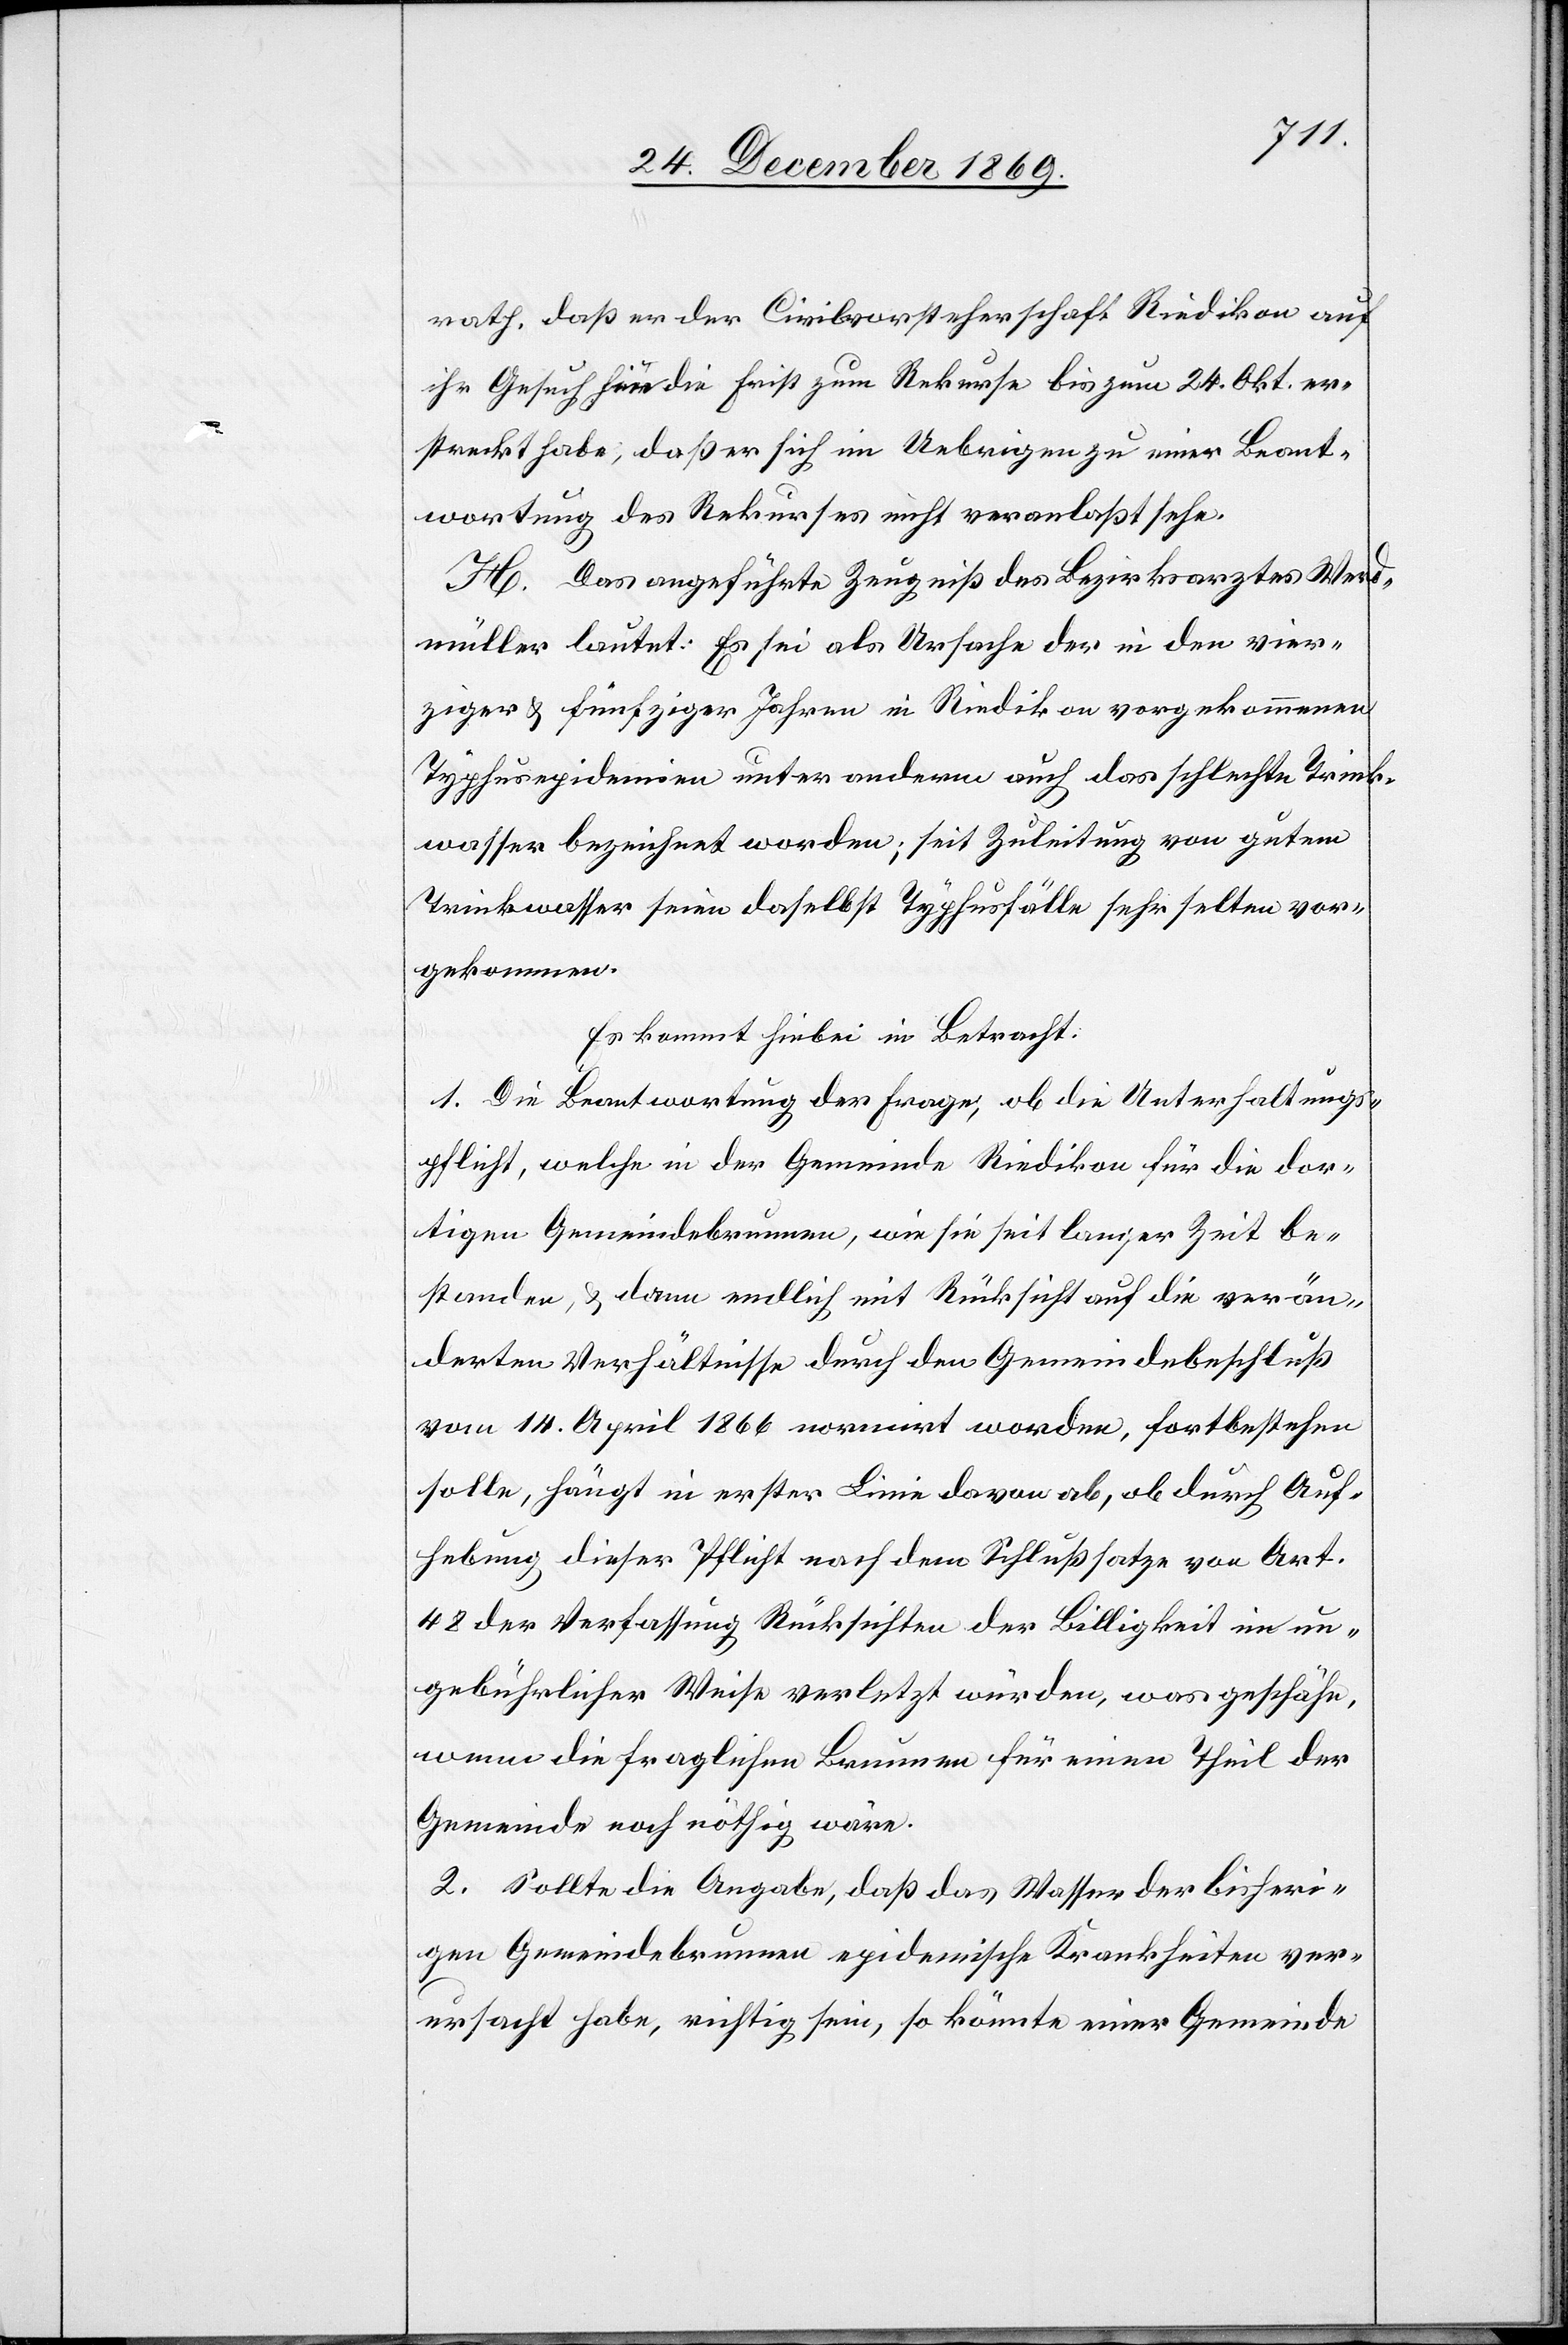
rath, daß er der Civilvorsteherschaft Riedikon auf
ihr Gesuch hin die Frist zum Rekurse bis zum 24. Okt. er¬
streckt habe, daß er sich im Uebrigen zu einer Beant¬
wortung des Rekurses nicht veranlaßt sehe.
H. Das angeführte Zeugniß des Bezirksarztes Werd¬
müller lautet: Es sei als Ursache der in den vier¬
ziger & fünfziger Jahren in Riedikon vorgekommenen
Typhusepidemien unter anderm auch das schlechte Trink¬
wasser bezeichnet worden; seit Zuleitung von gutem
Trinkwasser seien daselbst Typhusfälle sehr selten vor¬
gekommen.
Es kommt hiebei in Betracht:
1. Die Beantwortung der Frage, ob die Unterhaltungs¬
pflicht, welche in der Gemeinde Riedikon für die dor¬
tigen Gemeindebrunnen, wie sie seit langer Zeit be¬
standen, & dann endlich mit Rücksicht auf die verän¬
derten Verhältnisse durch den Gemeindebeschluß
vom 14. April 1866 normirt worden, fortbestehen
solle, hängt in erster Linie davon ab, ob durch Auf¬
hebung dieser Pflicht nach dem Schlußsatze von Art.
48 der Verfassung Rücksichten der Billigkeit in un¬
gebührlicher Weise verletzt würden, was geschähe,
wenn die fraglichen Brunnen für einen Theil der
Gemeinde noch nöthig wäre[n].
2. Sollte die Angabe, daß das Wasser der bisheri¬
gen Gemeindebrunnen epidemische Krankheiten ver¬
ursacht habe, richtig sein, so könnte einer Gemeinde